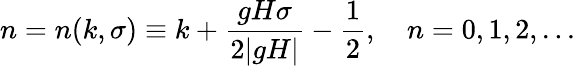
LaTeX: n=n(k,\sigma)\equiv k+\frac{gH\sigma}{2|gH|}-\frac{1}{2},~~~~n=0,1,2,...